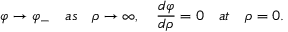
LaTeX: \varphi \to \varphi _ { - } \quad a s \quad \rho \to \infty , \quad { \frac { d \varphi } { d \rho } } = 0 \quad a t \quad \rho = 0 .